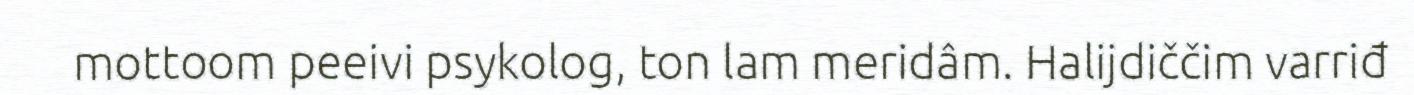
mottoom peeivi psykolog, ton lam meridâm. Halijdiččim varriđ